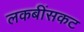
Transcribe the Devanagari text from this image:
लकबींसकट